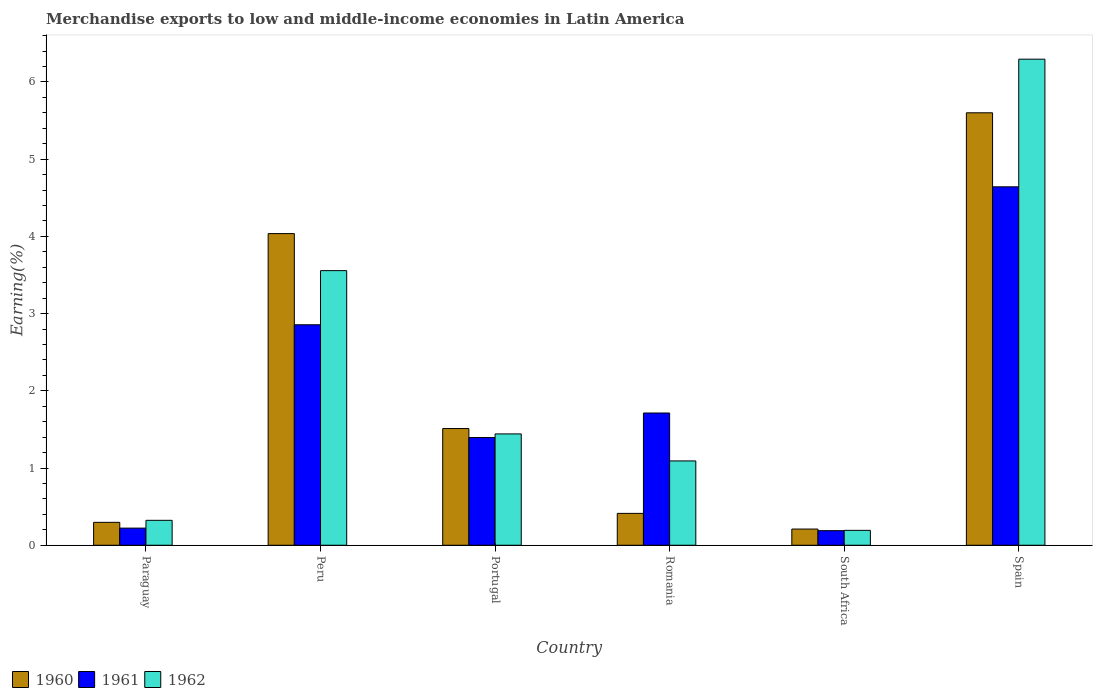
| Country | 1960 | 1961 | 1962 |
 | --- | --- | --- | --- |
 | Paraguay | 0.297 | 0.222 | 0.323 |
 | Peru | 4.04 | 2.86 | 3.56 |
 | Portugal | 1.51 | 1.39 | 1.44 |
 | Romania | 0.413 | 1.71 | 1.09 |
 | South Africa | 0.21 | 0.189 | 0.193 |
 | Spain | 5.6 | 4.64 | 6.3 |